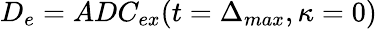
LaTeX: D_{e}=ADC_{ex}(t=\Delta_{max},\kappa=0)